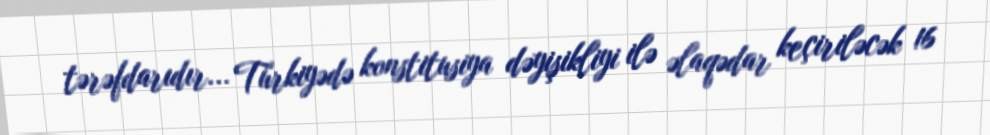
tərəfdarıdır... Türkiyədə konstitusiya dəyişikliyi ilə əlaqədar keçiriləcək 16